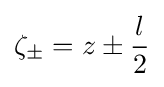
\zeta _{\pm }=z\pm {\frac {l}{2}}